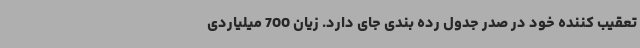
تعقیب کننده خود در صدر جدول رده بندی جای دارد. زیان 700 میلیاردی